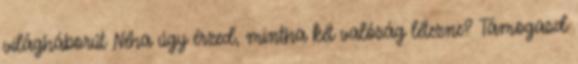
világháborút Néha úgy érzed, mintha két valóság létezne? Támogasd